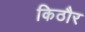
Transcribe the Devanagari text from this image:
किठौर